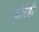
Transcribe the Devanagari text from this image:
दौरेही